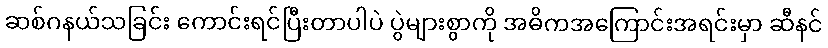
ဆစ်ဂနယ်သခြင်း ကောင်းရင်ပြီးတာပါပဲ ပွဲများစွာကို အဓိကအကြောင်းအရင်းမှာ ဆီနင်